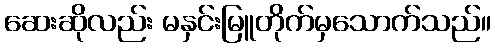
ဆေးဆိုလည်း မနှင်းမြူတိုက်မှသောက်သည်။